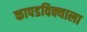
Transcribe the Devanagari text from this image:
कापडविक्याला